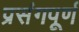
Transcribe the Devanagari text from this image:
प्रसंगपूर्ण